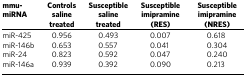
| mmu-miRNA | Controls saline treated | Susceptible saline treated | Susceptible imipramine (RES) | Susceptible imipramine (NRES) |
 | --- | --- | --- | --- | --- |
 | miR-425 | 0.956 | 0.493 | 0.007 | 0.618 |
 | miR-146b | 0.653 | 0.557 | 0.041 | 0.304 |
 | miR-24 | 0.823 | 0.592 | 0.047 | 0.240 |
 | miR-146a | 0.939 | 0.392 | 0.090 | 0.213 |